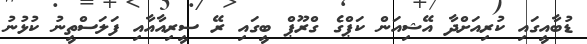
ޑުބާއީގައި ކުރިއަށްދާ އޭޝިއަން ކަޕްގެ ގްރޫޕް ބީގައި ރޭ ސީރިއާއާއި ފަލަސްތީނު ކުޅުނު